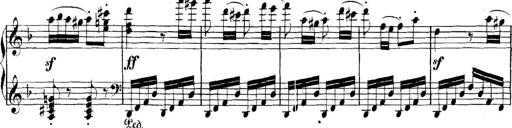
Title: Collected Piano Sonatas
Composer: Muzio Clementi